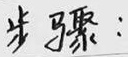
步骤：